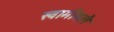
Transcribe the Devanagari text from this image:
स्वामीमलै